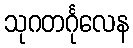
သုဂတင်္ဂုလေန